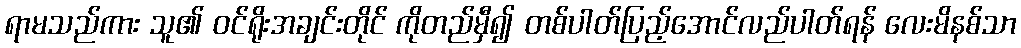
ရာမသည်ကား သူ၏ ဝင်ရိုးအချင်းတိုင် ကိုတည်မှီ၍ တစ်ပါတ်ပြည့်အောင်လည်ပါတ်ရန် လေးမိနစ်သာ